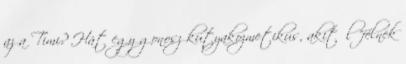
az a Timi? Hát egy gonosz kutyakozmetikus, akitől "félnek